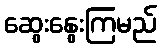
ဆွေးနွေးကြမည်